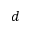
d